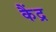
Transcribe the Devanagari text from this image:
कैंद्र